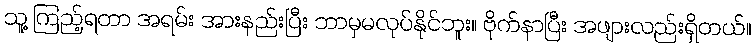
သူ့ ကြည့်ရတာ အရမ်း အားနည်းပြီး ဘာမှမလုပ်နိုင်ဘူး။ ဗိုက်နာပြီး အဖျားလည်းရှိတယ်။